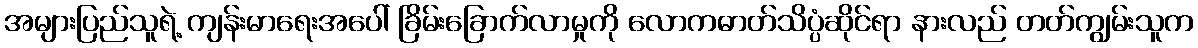
အများပြည်သူရဲ့ ကျန်းမာရေးအပေါ် ခြိမ်းခြောက်လာမှုကို လောကဓာတ်သိပ္ပံဆိုင်ရာ နားလည် တတ်ကျွမ်းသူက